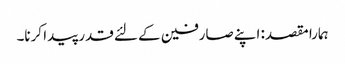
ہمارا مقصد: اپنے صارفین کے لئے قدر پیدا کرنا۔